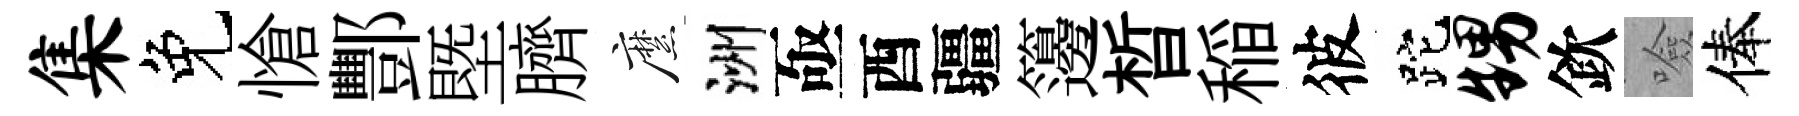
集免愴酆塈臍縻洲亟酉疆籩晳稲彼跎甥欽噞俸